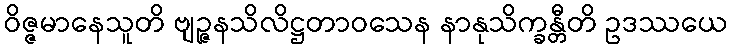
ဝိဇ္ဇမာနေသူတိ ဗျဉ္ဇနသိလိဋ္ဌတာဝသေန နာနုသိက္ခန္တီတိ ဥဒဿယေ